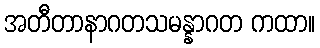
အတီတာနာဂတသမန္နာဂတ ကထာ။